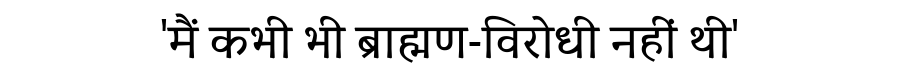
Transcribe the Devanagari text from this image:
'मैं कभी भी ब्राह्मण-विरोधी नहीं थी'